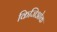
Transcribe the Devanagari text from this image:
किजिओक